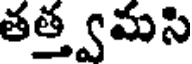
తత్త్వమసి